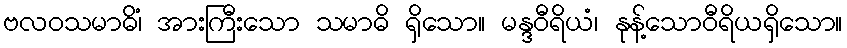
ဗလဝသမာဓိံ၊ အားကြီးသော သမာဓိ ရှိသော။ မန္ဒဝီရိယံ၊ နုန့်သောဝီရိယရှိသော။